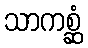
သာကစ္ဆံ